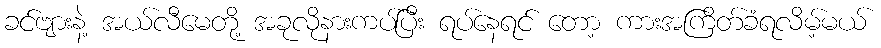
ခင်ဗျားနဲ့ အယ်လီမေတို့ အခုလိုနားကပ်ပြီး ရပ်နေရင် တော့ ကားအကြိတ်ခံရလိမ့်မယ်